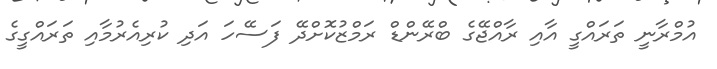
އުމްރާނީ ތަރައްގީ އާއި ރާއްޖޭގެ ބްރޭންޑް ރަމްޒުކޮށްދޭ ފަސޭހަ އަދި ކުރިއެރުމާއި ތަރައްގީގެ